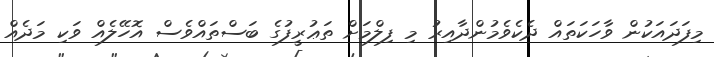
މިފަދައަކުން ވާހަކަތައް ދެކެވެމުންދާއިރު މި ފިލްމަށް ތަޢުރީފުގެ ބަސްތައްވެސް އޮހޭލެއް ވަކި މަދެއް